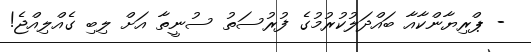
- ޕްރިޔާންކާއާ ބައްދަލުކުރުމުގެ ފުރުސަތު ސުނީތާ އަށް ލިބި ގެއްލިއްޖެ!